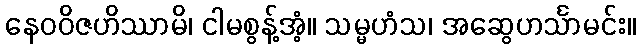
နေဝဝိဇဟိဿာမိ၊ ငါမစွန့်အံ့။ သမ္မဟံသ၊ အဆွေဟင်္သာမင်း။